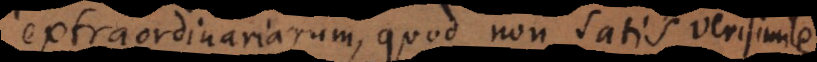
extraordinariarum, quod non satis verisimile